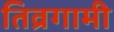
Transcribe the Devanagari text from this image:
तिव्रगामी